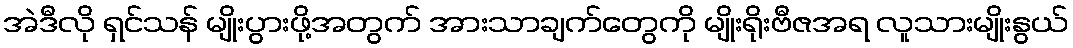
အဲဒီလို ရှင်သန် မျိုးပွားဖို့အတွက် အားသာချက်တွေကို မျိုးရိုးဗီဇအရ လူသားမျိုးနွယ်